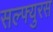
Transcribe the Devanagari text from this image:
सल्फ्युरस